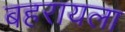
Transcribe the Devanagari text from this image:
बहरायला